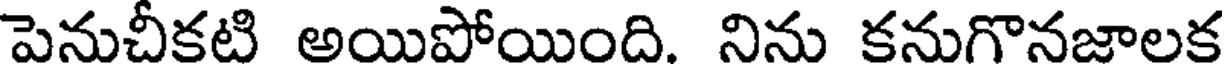
పెనుచీకటి అయిపోయింది. నిను కనుగొనజాలక